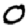
Digit: 0